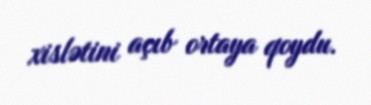
xislətini açıb ortaya qoydu.